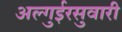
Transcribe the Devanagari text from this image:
अल्गुईरसुवारी